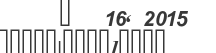
@   16